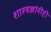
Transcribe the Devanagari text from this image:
शास्त्रज्ञांनीही